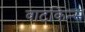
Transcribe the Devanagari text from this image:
वाटकिन्स